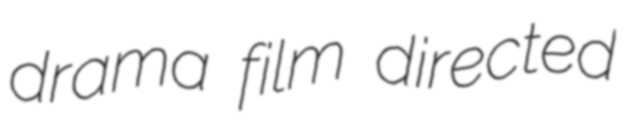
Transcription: drama film directed